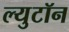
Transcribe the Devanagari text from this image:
ल्युटॉन